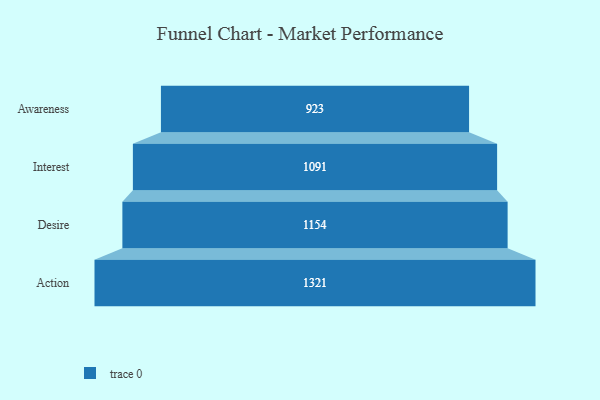
{"axis": {"x": "Stage", "y": "Value"}, "legend": [""], "data": [{"x": "Awareness", "y": 923.0, "type": ""}, {"x": "Interest", "y": 1091.0, "type": ""}, {"x": "Desire", "y": 1154.0, "type": ""}, {"x": "Action", "y": 1321.0, "type": ""}]}